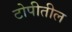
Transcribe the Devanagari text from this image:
टोपीतील